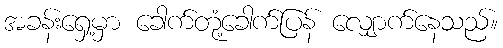
အခန်းရှေ့မှာ ခေါက်တုံ့ခေါက်ပြန် လျှောက်နေသည်။